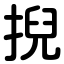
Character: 掜